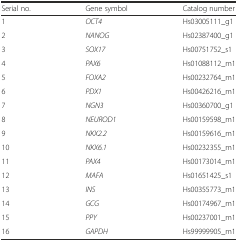
| Serial no. | Gene symbol | Catalog number |
 | --- | --- | --- |
 | 1 | OCT4 | Hs03005111_g1 |
 | 2 | NANOG | Hs02387400_g1 |
 | 3 | SOX17 | Hs00751752_s1 |
 | 4 | PAX6 | Hs01088112_m1 |
 | 5 | FOXA2 | Hs00232764_m1 |
 | 6 | PDX1 | Hs00426216_m1 |
 | 7 | NGN3 | Hs00360700_g1 |
 | 8 | NEUROD1 | Hs00159598_m1 |
 | 9 | NKX2.2 | Hs00159616_m1 |
 | 10 | NKX6.1 | Hs00232355_m1 |
 | 11 | PAX4 | Hs00173014_m1 |
 | 12 | MAFA | Hs01651425_s1 |
 | 13 | INS | Hs00355773_m1 |
 | 14 | GCG | Hs00174967_m1 |
 | 15 | PPY | Hs00237001_m1 |
 | 16 | GAPDH | Hs99999905_m1 |